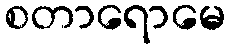
စတာရောမေ